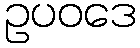
ဥပဝဒေ